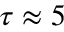
\tau \approx 5